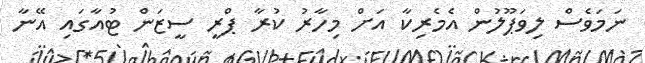
ނަމަވެސް ލިވަޕޫލުން އެމެރިކާ އަށް މިހާރު ކުރާ ޕްރީ ސީޒަން ޓުއާގައި އޭނާ